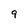
Character: 9